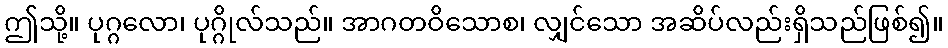
ဤသို့။ ပုဂ္ဂလော၊ ပုဂ္ဂိုလ်သည်။ အာဂတဝိသောစ၊ လျှင်သော အဆိပ်လည်းရှိသည်ဖြစ်၍။